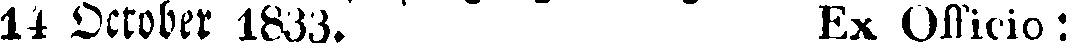
14 October 1833. Ex Officio: